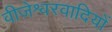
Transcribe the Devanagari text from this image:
वीजेश्वरवादियों